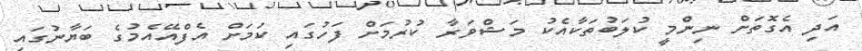
އަދި އެގޮތަށް ނިންމީ ކުލަބުތަކާއެކު މަޝްވަރާ ކުރުމަށް ފަހުގައި ކަމަށް އެފްއޭއެމުގެ ބަޔާނުގައި